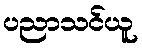
ပညာသင်ယူ